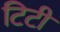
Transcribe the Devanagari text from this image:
टिटी